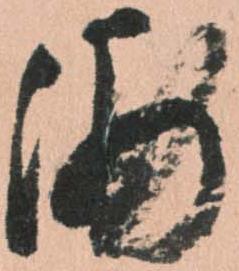
浦